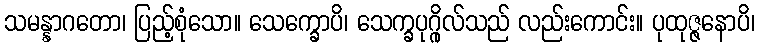
သမန္နာဂတော၊ ပြည့်စုံသော။ သေက္ခောပိ၊ သေက္ခပုဂ္ဂိုလ်သည် လည်းကောင်း။ ပုထုဇ္ဇနောပိ၊